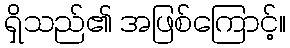
ရှိသည်၏ အဖြစ်ကြောင့်။